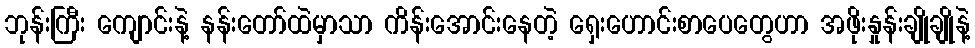
ဘုန်းကြီး ကျောင်းနဲ့ နန်းတော်ထဲမှာသာ ကိန်းအောင်းနေတဲ့ ရှေးဟောင်းစာပေတွေဟာ အဖိုးနှုန်းချိုချိုနဲ့